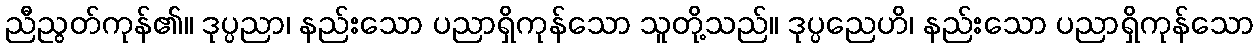
ညီညွတ်ကုန်၏။ ဒုပ္ပညာ၊ နည်းသော ပညာရှိကုန်သော သူတို့သည်။ ဒုပ္ပညေဟိ၊ နည်းသော ပညာရှိကုန်သော